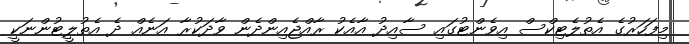
މިފަހަރުގެ އެތުލެޓިކްސް އިވެންޓުގައި ސާއިދު އާއެކު ރާއްޖެއިންދެން ވާދަކުރާ އަނެއް ދެ އެތުލީޓުންނަކީ